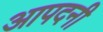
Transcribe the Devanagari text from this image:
आपदनी